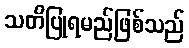
သတိပြုရမည်ဖြစ်သည်